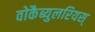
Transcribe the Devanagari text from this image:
वोकैब्युलरियस्